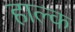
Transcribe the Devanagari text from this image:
हाल्क